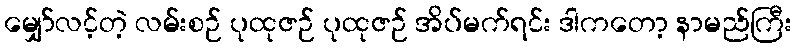
မျှော်လင့်တဲ့ လမ်းစဉ် ပုထုဇဉ် ပုထုဇဉ် အိပ်မက်ရင်း ဒါကတော့ နာမည်ကြီး